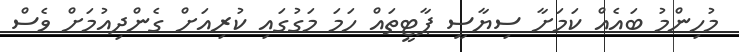
މުހިންމު ބައެއް ކަމަށާ ސިޔާސީ ޕާޓީތައް ހަމަ މަގުގައި ކުރިއަށް ގެންދިއުމަށް ވެސް